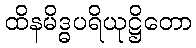
ထိနမိဒ္ဓပရိယုဋ္ဌိတော